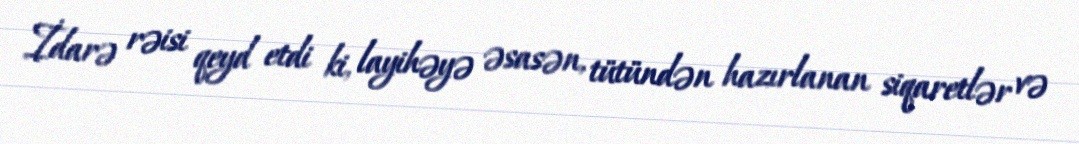
İdarə rəisi qeyd etdi ki, layihəyə əsasən, tütündən hazırlanan siqaretlər və